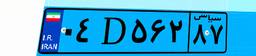
۰۴D۵۶۲۸۷